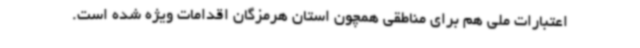
اعتبارات ملی هم برای مناطقی همچون استان هرمزگان اقدامات ویژه شده است.